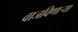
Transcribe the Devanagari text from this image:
वाजविणार्‍या